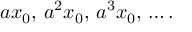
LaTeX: a x _ { 0 } , \, a ^ { 2 } x _ { 0 } , \, a ^ { 3 } x _ { 0 } , \, \dots .